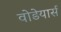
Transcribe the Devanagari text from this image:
वोडेयार्स